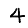
Digit: 4